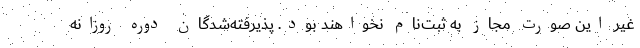
غیر این صورت مجاز به ثبت‌نام نخواهند بود. پذیرفته‌شدگان دوره روزانه